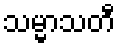
သမ္မာသတီ